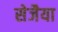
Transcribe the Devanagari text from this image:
सेजैया